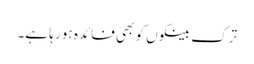
ترک بینکوں کو بھی فائدہ ہو رہا ہے۔